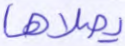
يصلاها